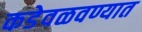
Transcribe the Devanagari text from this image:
कडेवळवण्यात